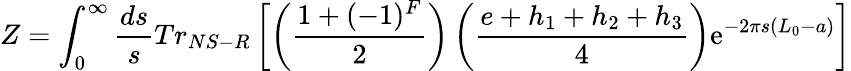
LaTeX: Z=\int_{0}^{\infty}\frac{ds}{s}Tr_{NS-R}\left[\left(\frac{1+(-1)^{F}}{2}\right)\left(\frac{e+h_{1}+h_{2}+h_{3}}{4}\right)\mathrm{e}^{-2\pi s(L_{0}-a)}\right]